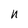
Character: n